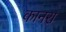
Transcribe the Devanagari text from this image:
कानरा